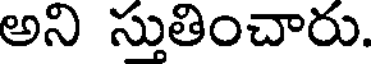
అని స్తుతించారు.